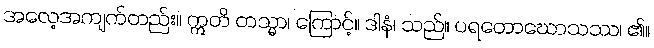
အလေ့အကျက်တည်း။ ဣတိ တသ္မာ၊ ကြောင့်။ ဒါနံ၊ သည်။ ပရတောဃောသဿ၊ ၏။